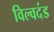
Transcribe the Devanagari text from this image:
विल्वदंड